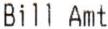
BILL AMT